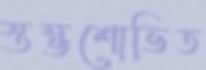
স্তম্ভশোভিত